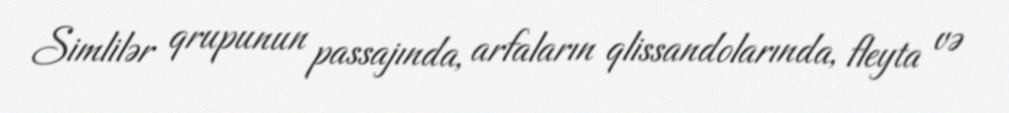
Simlilər qrupunun passajında, arfaların qlissandolarında, fleyta və